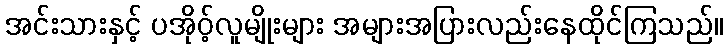
အင်းသားနှင့် ပအိုဝ့်လူမျိုးများ အများအပြားလည်းနေထိုင်ကြသည်။